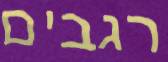
רגבים